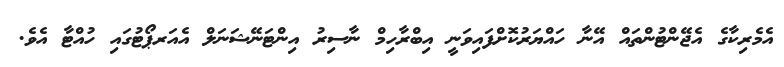
އެމެރިކާގެ އެޖޭންޓުންތައް އޭނާ ހައްޔަރުކޮށްފައިވަނީ އިބްރާހިމް ނާސިރު އިންޓަނޭޝަނަލް އެއަރޕޯޓުގައި ހުއްޓާ އެވެ.